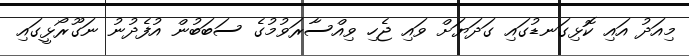
މިއަދު އައި ކޮޅިގަނޑުގައި ގަދަޔަށް ވައި ޖެހި ވިއްސާރަވުމުގެ ސަބަބުން އުފެދުނު ނަގޫރޯޅީގައި